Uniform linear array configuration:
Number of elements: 16
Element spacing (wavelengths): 0.75
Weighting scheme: binomial
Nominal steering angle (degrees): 15
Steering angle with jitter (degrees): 14.385
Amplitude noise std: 0.05
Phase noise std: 0.05

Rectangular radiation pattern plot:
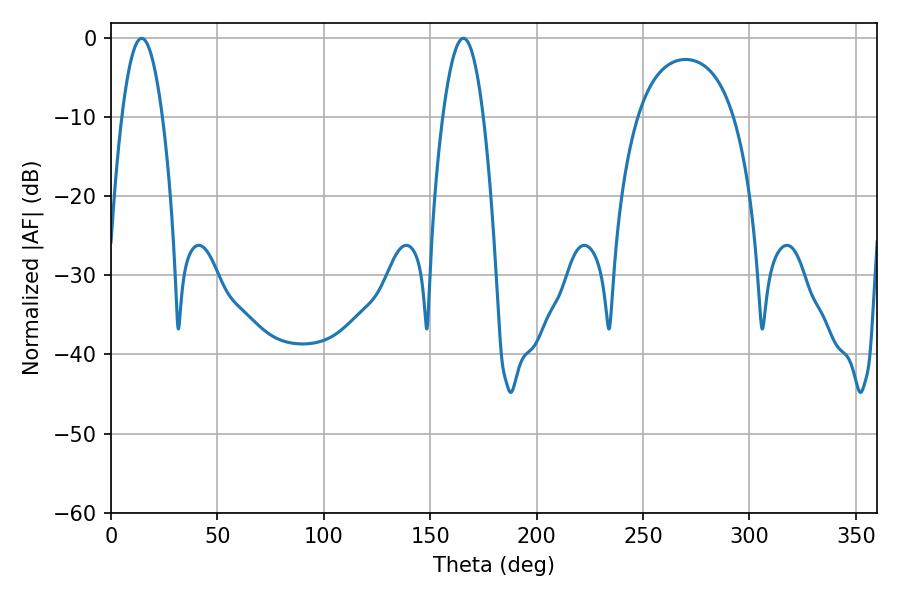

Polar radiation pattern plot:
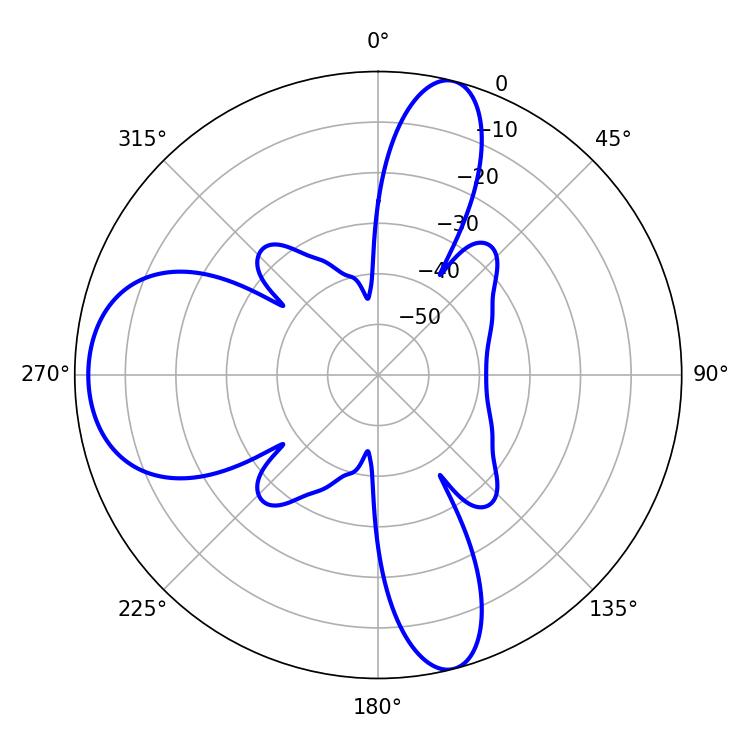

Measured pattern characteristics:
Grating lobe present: TRUE
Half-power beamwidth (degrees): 10.44
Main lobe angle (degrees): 14.4